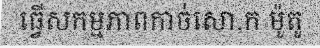
ធ្វើសកម្មភាពកាច់សោ.ក ម៉ូតូ